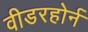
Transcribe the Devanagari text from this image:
वीडरहोर्न